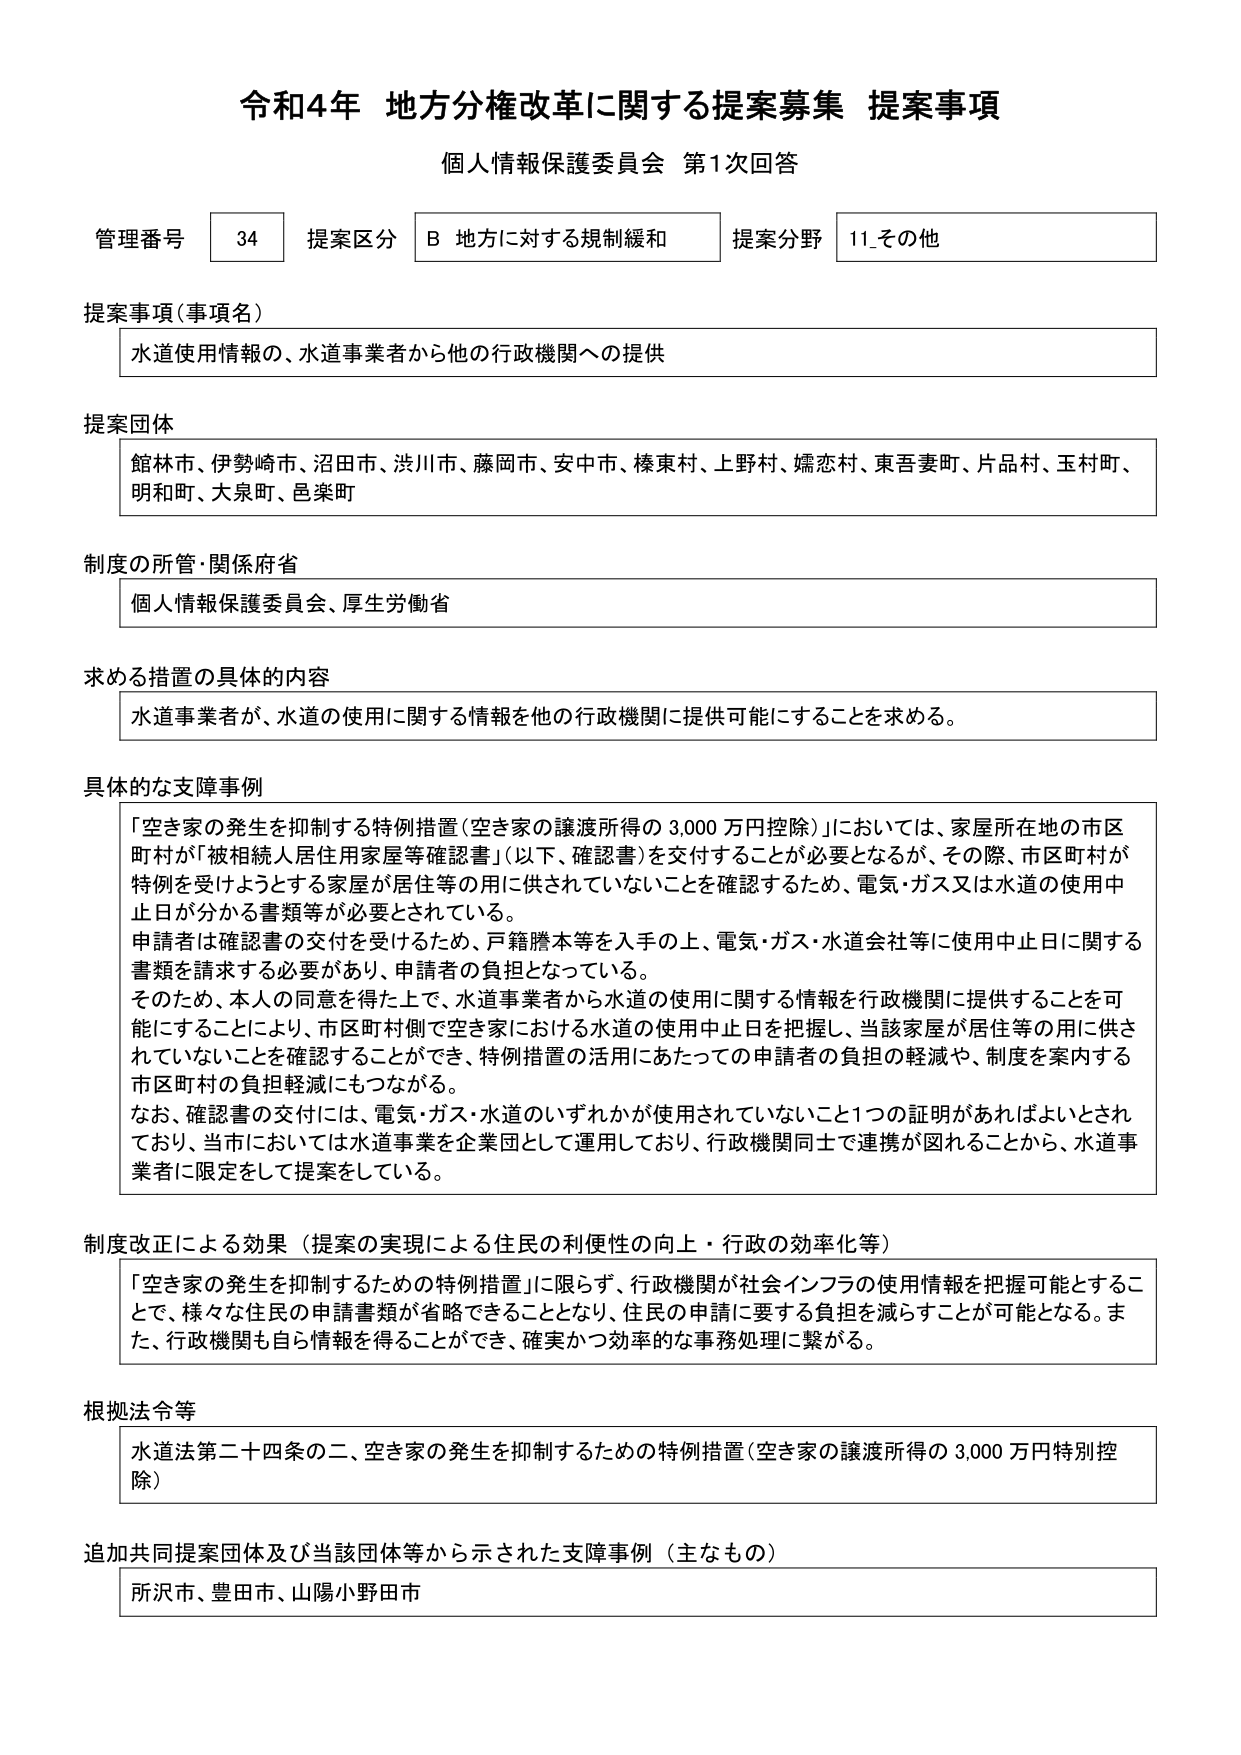
令和4年 地方分権改革に関する提案募集 提案事項
個人情報保護委員会 第1次回答

管理番号 34 提案区分 B 地方に対する規制緩和 提案分野 11_その他

提案事項（事項名）
水道使用情報の、水道事業者から他の行政機関への提供

提案団体
館林市、伊勢崎市、沼田市、渋川市、藤岡市、安中市、榛東村、上野村、嬬恋村、東吾妻町、片品村、玉村町、明和町、大泉町、邑楽町

制度の所管・関係府省
個人情報保護委員会、厚生労働省

求める措置の具体的内容
水道事業者が、水道の使用に関する情報を他の行政機関に提供可能にすることを求める。

具体的な支障事例
「空き家の発生を抑制する特例措置（空き家の譲渡所得の3,000万円控除）」においては、家屋所在地の市区町村が「被相続人居住用家屋等確認書」（以下、確認書）を交付することが必要となるが、その際、市区町村が特例を受けようとする家屋が居住等の用に供されていないことを確認するため、電気・ガス又は水道の使用中止日が分かる書類等が必要とされている。
申請者は確認書の交付を受けるため、戸籍謄本等を入手の上、電気・ガス・水道会社等に使用中止日に関する書類を請求する必要があり、申請者の負担となっている。
そのため、本人の同意を得た上で、水道事業者から水道の使用に関する情報を行政機関に提供することを可能にすることにより、市区町村側で空き家における水道の使用中止日を把握し、当該家屋が居住等の用に供されていないことを確認することができ、特例措置の活用にあたっての申請者の負担の軽減や、制度を案内する市区町村の負担軽減にもつながる。
なお、確認書の交付には、電気・ガス・水道のいずれかが使用されていないこと1つの証明があればよいとされており、当市においては水道事業を企業団として運用しており、行政機関同士で連携が図れることから、水道事業者に限定をして提案している。

制度改正による効果（提案の実現による住民の利便性の向上・行政の効率化等）
「空き家の発生を抑制するための特例措置」に限らず、行政機関が社会インフラの使用情報を把握可能とすることで、様々な住民の申請書類が省略できることとなり、住民の申請に要する負担を減らすことが可能となる。また、行政機関も自ら情報を得ることができ、確実かつ効率的な事務処理に繋がる。

根拠法令等
水道法第二十四条の二、空き家の発生を抑制するための特例措置（空き家の譲渡所得の3,000万円特別控除）

追加共同提案団体及び当該団体等から示された支障事例（主なもの）
所沢市、豊田市、山陽小野田市